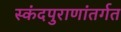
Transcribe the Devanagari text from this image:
स्कंदपुराणांतर्गत